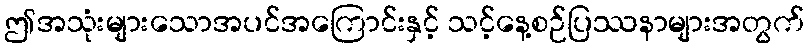
ဤအသုံးများသောအပင်အကြောင်းနှင့် သင့်နေ့စဉ်ပြဿနာများအတွက်